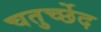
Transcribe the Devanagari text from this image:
चतुर्च्छेद